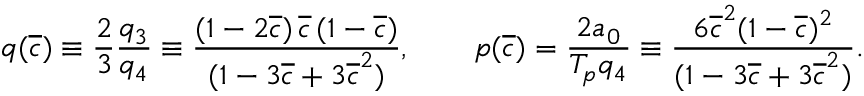
\begin{array} { c c c } { \displaystyle { q ( \overline { { c } } ) \equiv \frac { 2 } { 3 } \frac { q _ { 3 } } { q _ { 4 } } \equiv \frac { ( 1 - 2 \overline { { c } } ) \, \overline { { c } } \, ( 1 - \overline { { c } } ) } { ( 1 - 3 \overline { { c } } + 3 \overline { { c } } ^ { 2 } ) } , \qquad p ( \overline { { c } } ) = \frac { 2 a _ { 0 } } { T _ { p } q _ { 4 } } \equiv \frac { 6 \overline { { c } } ^ { 2 } ( 1 - \overline { { c } } ) ^ { 2 } } { ( 1 - 3 \overline { { c } } + 3 \overline { { c } } ^ { 2 } ) } . } } \end{array}